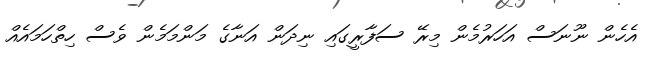
އެހެން ނޫނަސް އަހަރުމެން މިރޭ ސަފާރީގައި ނިދަން އަނާގެ މަންމަމެން ވެސް ހިތްހަމައެއް